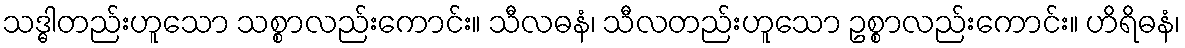
သဒ္ဓါတည်းဟူသော သစ္စာလည်းကောင်း။ သီလဓနံ၊ သီလတည်းဟူသော ဥစ္စာလည်းကောင်း။ ဟိရိဓနံ၊